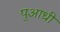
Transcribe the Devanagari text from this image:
पुआधी